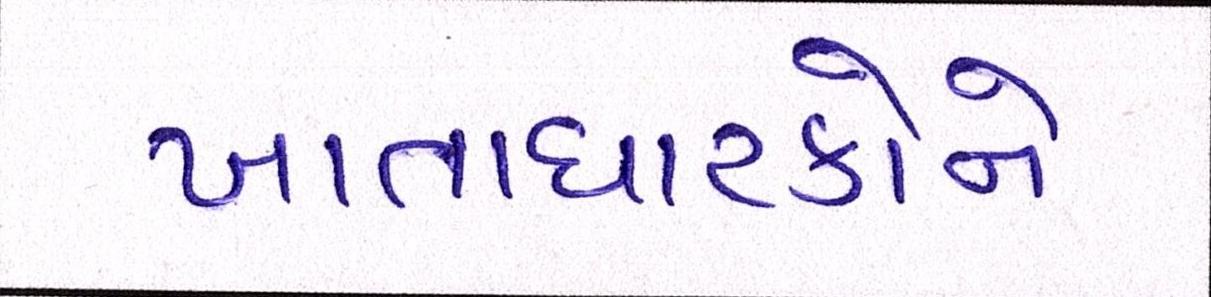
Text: ખાતાધારકોને